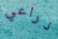
ذراعي